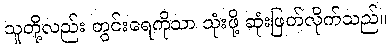
သူတို့လည်း တွင်းရေကိုသာ သုံးဖို့ ဆုံးဖြတ်လိုက်သည်။